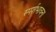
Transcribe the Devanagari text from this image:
स्पर्शभावना